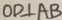
O D \bot A B